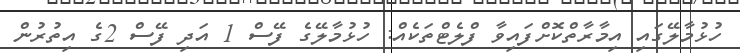
ހުޅުމާލޭގައި އިމާރާތްކޮށްފައިވާ ފްލެޓްތަކެއް: ހުޅުމާލޭގެ ފޭސް 1 އަދި ފޭސް 2ގެ އިތުރުން